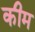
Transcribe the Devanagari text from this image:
कीम